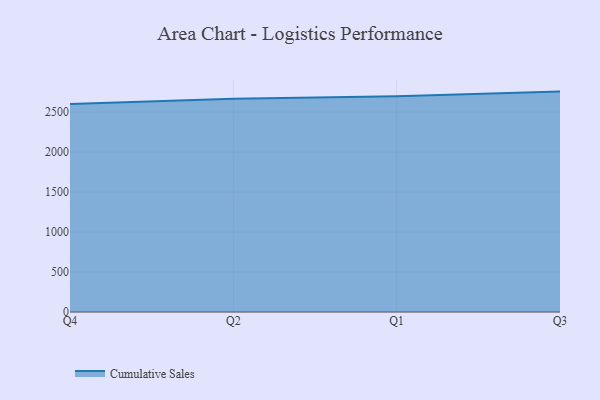
{"axis": {"x": "Quarter", "y": "Active Users"}, "legend": ["Cumulative Sales"], "data": [{"x": "Q4", "y": 2600.2, "type": "Cumulative Sales"}, {"x": "Q2", "y": 2667.0, "type": "Cumulative Sales"}, {"x": "Q1", "y": 2698.4, "type": "Cumulative Sales"}, {"x": "Q3", "y": 2756.8, "type": "Cumulative Sales"}]}